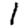
Digit: 1